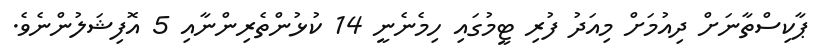
ޕާކިސްތާނަށް ދިއުމަށް މިއަދު ފުރި ޓީމުގައި ހިމެނެނީ 14 ކުޅުންތެރިންނާއި 5 އޮފިޝަލުންނެވެ.